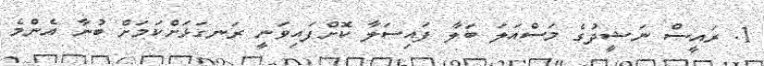
1. ރައީސް ނަޝީދުގެ މަސްއަލަ ބަލާ ފައިސަލާ ކޮށްފައިވަނީ ރަނގަޅަށްކަމަށް ބުނާ އެންމެ